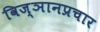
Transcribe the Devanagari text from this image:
विज्ञानप्रचार